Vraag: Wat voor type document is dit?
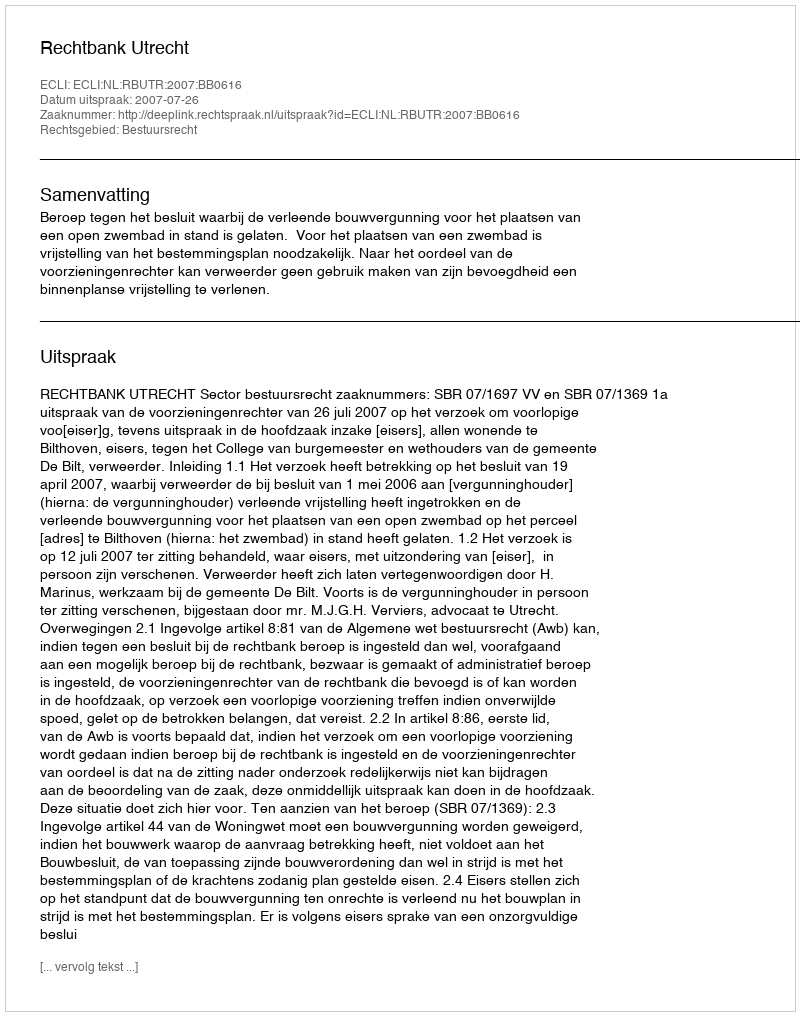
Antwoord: Uitspraak